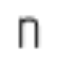
n